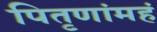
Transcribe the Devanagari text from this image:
पितृणांमहं